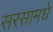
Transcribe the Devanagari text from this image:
सरसामधे